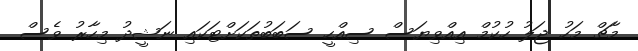
މާޗް މަހު ޖަލު ހުކުމް އިއްވިޔަސް ސިއްހީ ސަބަބުތަކަށްޓަކައި ނަޝީދު މިހާރު ވެސް